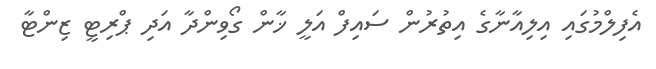
އެފިލްމުގައި އިލިއާނާގެ އިތުރުން ސައިފް އަލީ ޚާން ގޯވިންދާ އަދި ޕްރިޓީ ޒިންޓާ